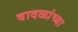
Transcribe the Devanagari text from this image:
वादळांच्या